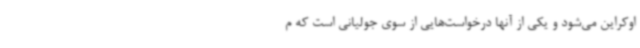
اوکراین می‌شود و یکی از آنها درخواست‌هایی از سوی جولیانی است که م